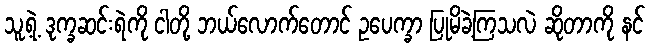
သူ့ရဲ့ ဒုက္ခဆင်းရဲကို ငါတို့ ဘယ်လောက်တောင် ဥပေက္ခာ ပြုမိခဲ့ကြသလဲ ဆိုတာကို နင်